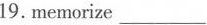
19.memorize ___